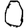
Digit: 0